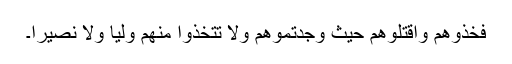
فَخُذُوهُمْ وَاقْتُلُوهُمْ حَيْثُ وَجَدتُّمُوهُمْ وَلَا تَتَّخِذُوا مِنْهُمْ وَلِيًّا وَلَا نَصِيرًا۔